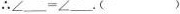
\therefore $$\angle ___=\angle ___$$.（）